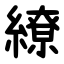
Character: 繚